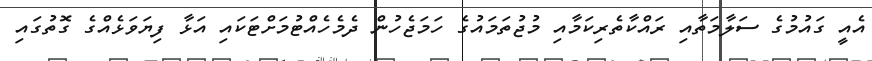
އެއީ ގައުމުގެ ސަލާމަތާއި ރައްކާތެރިކަމާއި މުޖުތަމައުގެ ހަމަޖެހުން ދެމެހެއްޓުމަށްޓަކައި އަޅާ ފިޔަވަޅެއްގެ ގޮތުގައި